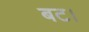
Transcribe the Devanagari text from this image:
बट।